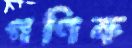
গণিক